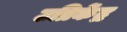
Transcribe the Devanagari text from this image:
उप्रिकेंद्र